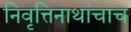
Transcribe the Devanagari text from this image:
निवृत्तिनाथांचाच